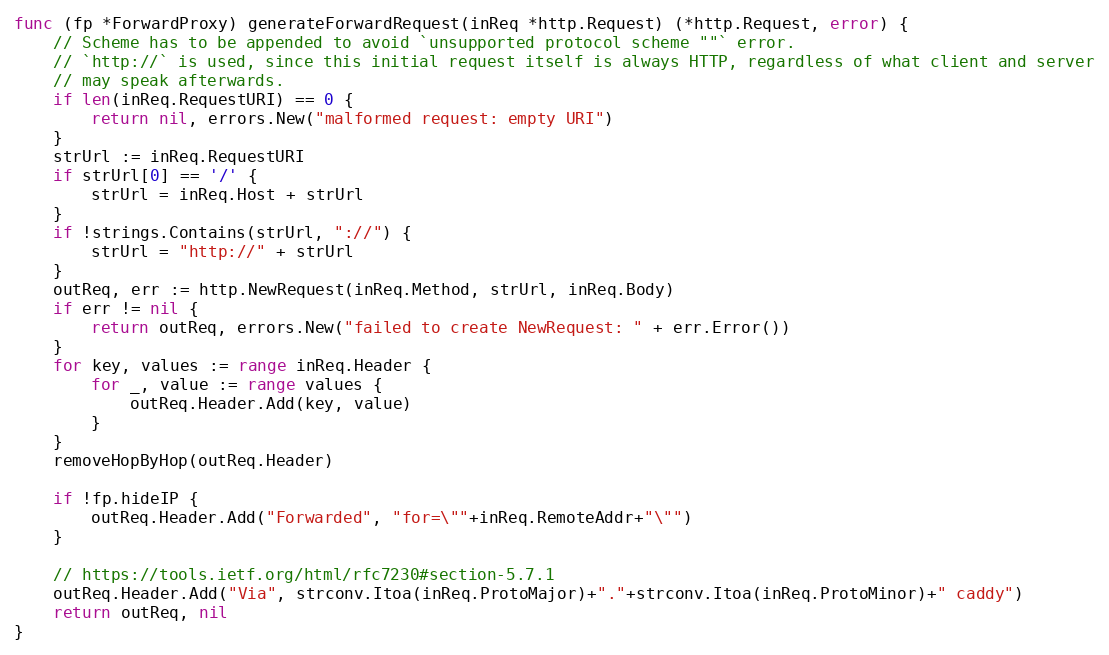
Language: Go
func (fp *ForwardProxy) generateForwardRequest(inReq *http.Request) (*http.Request, error) {
	// Scheme has to be appended to avoid `unsupported protocol scheme ""` error.
	// `http://` is used, since this initial request itself is always HTTP, regardless of what client and server
	// may speak afterwards.
	if len(inReq.RequestURI) == 0 {
		return nil, errors.New("malformed request: empty URI")
	}
	strUrl := inReq.RequestURI
	if strUrl[0] == '/' {
		strUrl = inReq.Host + strUrl
	}
	if !strings.Contains(strUrl, "://") {
		strUrl = "http://" + strUrl
	}
	outReq, err := http.NewRequest(inReq.Method, strUrl, inReq.Body)
	if err != nil {
		return outReq, errors.New("failed to create NewRequest: " + err.Error())
	}
	for key, values := range inReq.Header {
		for _, value := range values {
			outReq.Header.Add(key, value)
		}
	}
	removeHopByHop(outReq.Header)

	if !fp.hideIP {
		outReq.Header.Add("Forwarded", "for=\""+inReq.RemoteAddr+"\"")
	}

	// https://tools.ietf.org/html/rfc7230#section-5.7.1
	outReq.Header.Add("Via", strconv.Itoa(inReq.ProtoMajor)+"."+strconv.Itoa(inReq.ProtoMinor)+" caddy")
	return outReq, nil
}